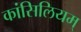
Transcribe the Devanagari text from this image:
कांसिलियम्